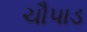
ચૌપાડ